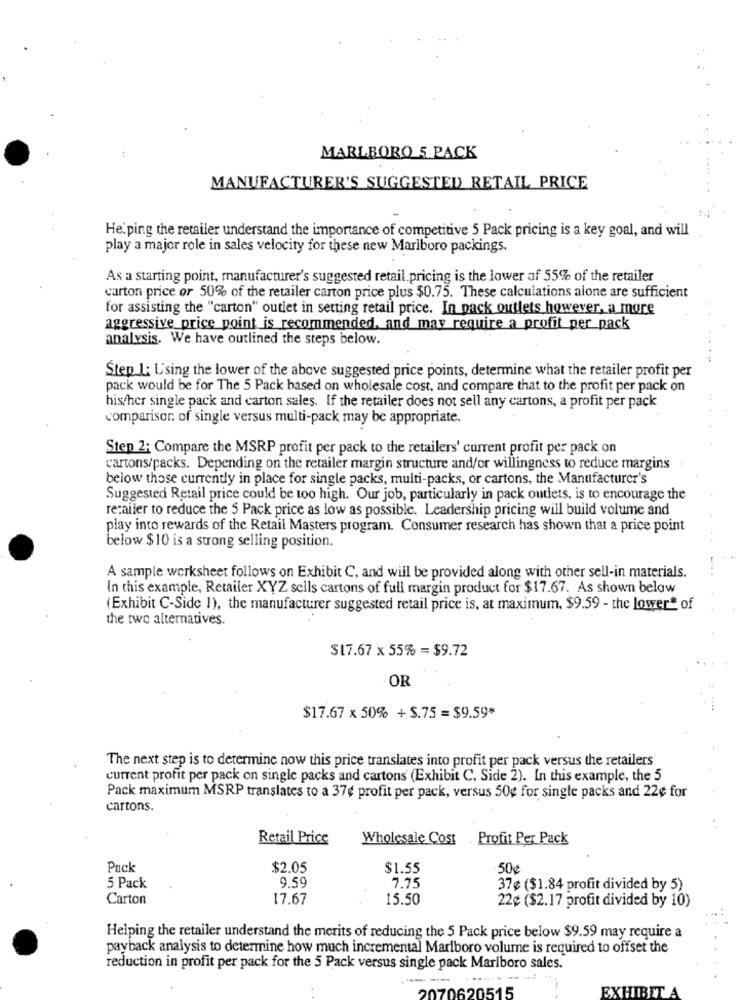
MARLBORO 5 PACK
MANUFACTURER'S SUGGESTED RETAIL PRICE
He ping the retailer understand the importance of competitive 5 Pack pricing is a key goal, and will
play a major role in sales velocity for these new Marlboro packings.
As a starting point, manufacturer's suggested retail. pricing is the lower of 55% of the retailer
carton price or 50% of the retailer carton price plus $0.75. These calculations alone are sufficient
for assisting the "carton" outlet in setting retail price. In pack outlets however, a more
aggressive_price point is recommended, and may require a profit per pack
analysis. We have outlined the steps below.
Step 1: Using the lower of the above suggested price points, determine what the retailer profit per
pack would be for The 5 Pack based on wholesale cost, and compare that to the profit per pack on
his/her single pack and carton sales. If the retailer does not sell any cartons, a profit per pack
comparison of single versus multi-pack may be appropriate.
Step 2: Compare the MSRP profit per pack to the retailers' current profit per pack on
cartons/packs. Depending on the retailer margin structure and/or willingness to reduce margins
below those currently in place for single packs, multi-packs, or cartons, the Manufacturer's
Suggested Retail price could be too high. Our job, particularly in pack outlets, is to encourage the
retailer to reduce the 5 Pack price as low as possible. Leadership pricing will build volume and
play into rewards of the Retail Masters program. Consumer research has shown that a price point
below $10 is a strong selling position.
A sample worksheet follows on Exhibit C, and will be provided along with other sell-in materials.
In this example, Retailer XYZ sells cartons of full margin product for $17.67. As shown below
(Exhibit C-Side 1), the manufacturer suggested retail price is, at maximum. $9.59 - the lower* of
the two alternatives.
$17.67 x 55% = $9.72
OR
$17.67 x 50% + $.75 = $9.59*
The next step is to determine now this price translates into profit per pack versus the retailers
current profit per pack on single packs and cartons (Exhibit C, Side 2). In this example, the 5
Pack maximum MSRP translates to a 37¢ profit per pack, versus 50¢ for single packs and 22¢ for
cartons.
Retail Price
Wholesale Cost
Profit Per Pack
Pack
$2.05
$1.55
50¢
5 Pack
9.59
7.75
37¢ ($1.84 profit divided by 5)
Carton
17.67
15.50
22¢ ($2.17 profit divided by 10)
Helping the retailer understand the merits of reducing the 5 Pack price below $9.59 may require a
payback analysis to determine how much incremental Marlboro volume is required to offset the
reduction in profit per pack for the 5 Pack versus single pack Marlboro sales.
EXHIBIT